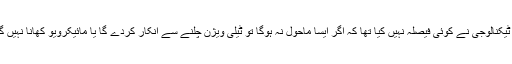
ان میں کسی ٹیکنالوجی نے کوئی فیصلہ نہیں کیا تھا کہ اگر ایسا ماحول نہ ہوگا تو ٹیلی ویژن چلنے سے انکار کردے گا یا مائیکرویو کھانا نہیں گرم کرے گا۔